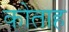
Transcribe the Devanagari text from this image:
कोताह